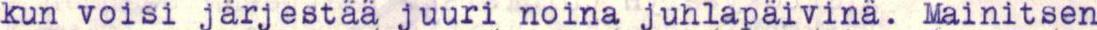
kun voisi järjestää juuri noina juhlapäivinä. Mainitsen